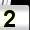
Digit: 2